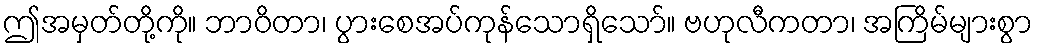
ဤအမှတ်တို့ကို။ ဘာဝိတာ၊ ပွားစေအပ်ကုန်သောရှိသော်။ ဗဟုလီကတာ၊ အကြိမ်များစွာ